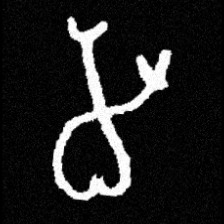
Pyu character \u2014 Myanmar letter: မ (romanized: ma)